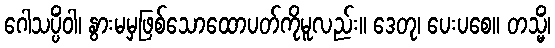
ဂေါသပ္ပိံဝါ၊ နွားမမှဖြစ်သောထောပတ်ကိုမူလည်း။ ဒေတု၊ ပေးပစေ။ တသ္မိံ၊